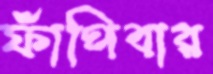
ফাঁপিবার